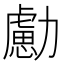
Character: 勴